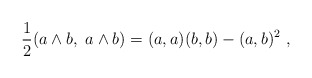
\begin{align*}{1\over 2}(a \wedge b,\ a \wedge b) = (a,a)(b,b) - (a,b)^2\ ,\end{align*}